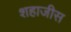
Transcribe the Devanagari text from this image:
शहाजीस